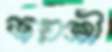
জয়শ্রী